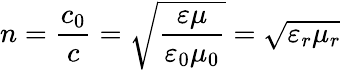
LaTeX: n={\frac{c_{0}}{c}}={\sqrt{\frac{\varepsilon\mu}{\varepsilon_{0}\mu_{0}}}}={\sqrt{\varepsilon_{r}\mu_{r}}}